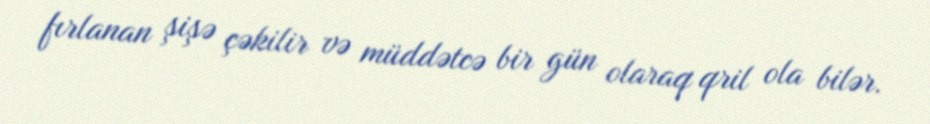
fırlanan şişə çəkilir və müddətcə bir gün olaraq qril ola bilər.